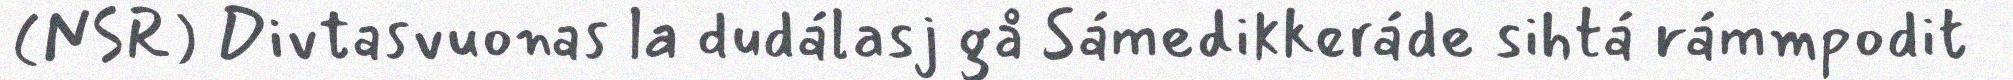
(NSR) Divtasvuonas la dudálasj gå Sámedikkeráde sihtá rámmpodit